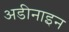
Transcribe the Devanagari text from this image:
अडीनाइन